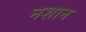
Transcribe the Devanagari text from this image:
नशान